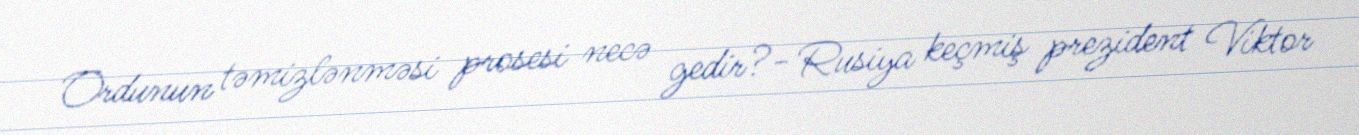
Ordunun təmizlənməsi prosesi necə gedir?- Rusiya keçmiş prezident Viktor